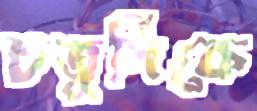
চতুর্দিকে